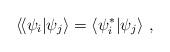
LaTeX: \begin{align*}\langle\!\langle \psi_i |\psi_j \rangle =\langle \psi_i^* |\psi_j \rangle\ ,\end{align*}